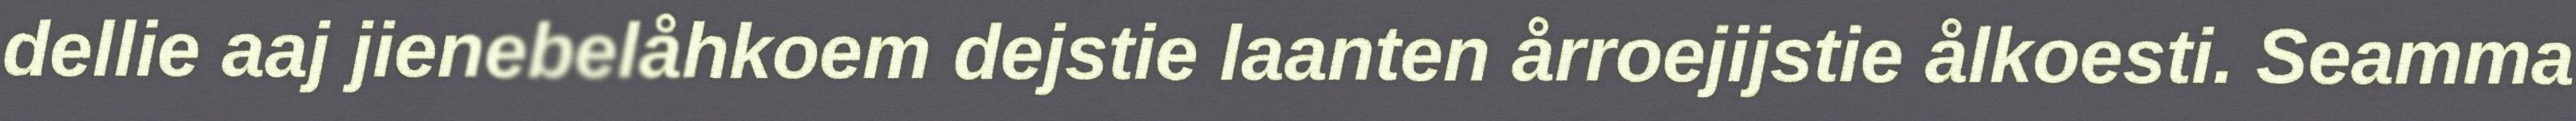
dellie aaj jienebelåhkoem dejstie laanten årroejijstie ålkoesti. Seamma